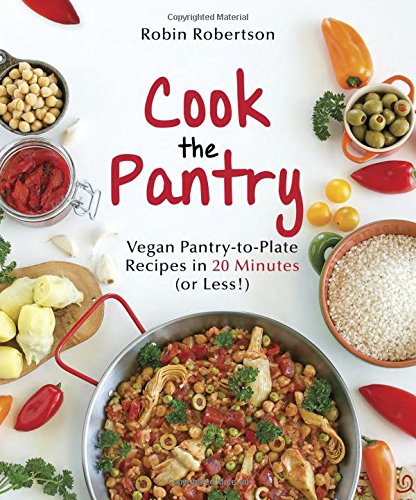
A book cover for Cook the Pantry: Vegan Pantry-to-Plate Recipes in 20 Minutes (or Less!); Robin Robertson; Cookbooks, Food & Wine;